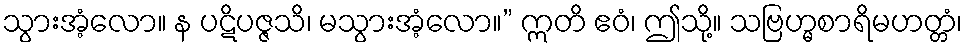
သွားအံ့လော။ န ပဋိပဇ္ဇသိ၊ မသွားအံ့လော။” ဣတိ ဧဝံ၊ ဤသို့။ သဗြဟ္မစာရိမဟတ္တံ၊